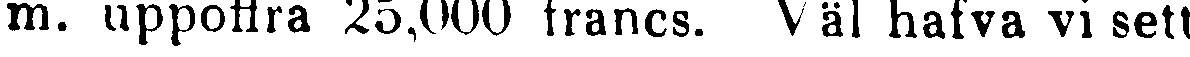
m. uppoffra 25,000 francs. Väl hafva vi sett